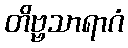
တိဗ္ဗသာရာဂံ